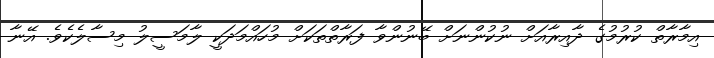
އިމާރާތް ކުރުމުގެ ދާއިރާއަށް ނުކުންނަށް ބޭނުންވާ ފަރާތްތަކަށް މުހައްމަދަކީ ލާމަސީލު މިސާލެކެވެ. އޭނާ